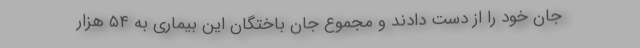
جان خود را از دست دادند و مجموع جان باختگان این بیماری به ۵۴ هزار